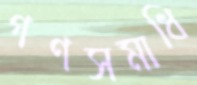
গণসমাধি